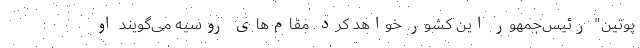
پوتین" رئیس‌جمهور این کشور خواهد کرد. مقام‌های روسیه می‌گویند او